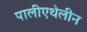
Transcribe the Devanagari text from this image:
पालीएथेलीन